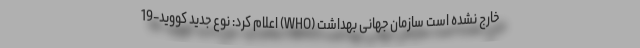
خارج نشده است سازمان جهانی بهداشت (WHO) اعلام کرد: نوع جدید کووید-19